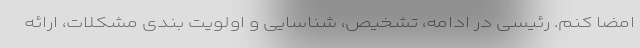
امضا کنم. رئیسی در ادامه، تشخیص، شناسایی و اولویت بندی مشکلات، ارائه